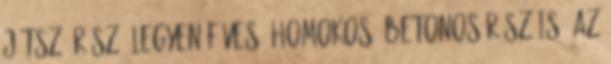
játszó rész. Legyen füves, homokos, betonos rész is. Az